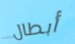
أبطال